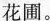
花圃。